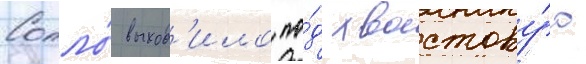
Сопло́ выход'ило по́д хвостову́ю